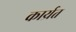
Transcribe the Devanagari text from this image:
कार्य्रत